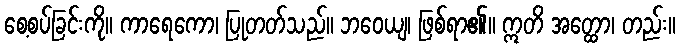
စေ့စပ်ခြင်းကို။ ကာရေကော၊ ပြုတတ်သည်။ ဘဝေယျ၊ ဖြစ်ရာ၏။ ဣတိ အတ္ထော၊ တည်း။